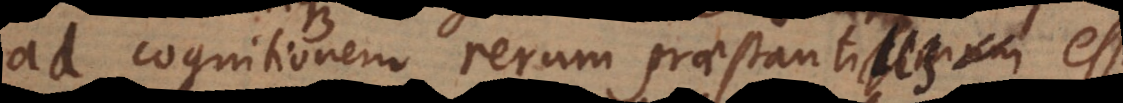
ad cognitionem rerum praestantius est